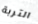
التربة